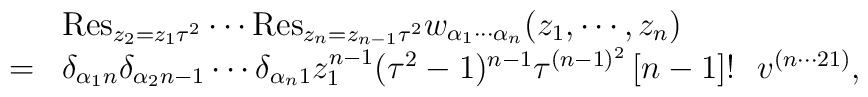
\begin{array}{cl}&{\rm Res}_{z_{2}=z_{1}\tau^2}\cdots {\rm Res}_{z_{n}=z_{n-1}\tau^2}w_{\alpha_1 \cdots \alpha_n}(z_1,\cdots,z_{n}) \\=&\delta_{\alpha_1 n} \delta_{\alpha_2 n-1} \cdots \delta_{\alpha_n 1}z_1^{n-1} (\tau^2 -1)^{n-1} \tau^{(n-1)^2}\left[ n-1 \right] ! ~~ v^{(n\cdots 21)},\end{array}